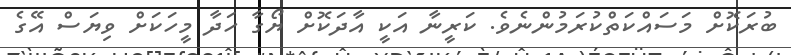
ބުރަކޮށް މަސައްކަތްކުރަމުންނެވެ. ކަރީނާ އަކީ އާދަކޮށް ޔޯގާ ހަދާ މީހަކަށް ވިޔަސް އޭގެ